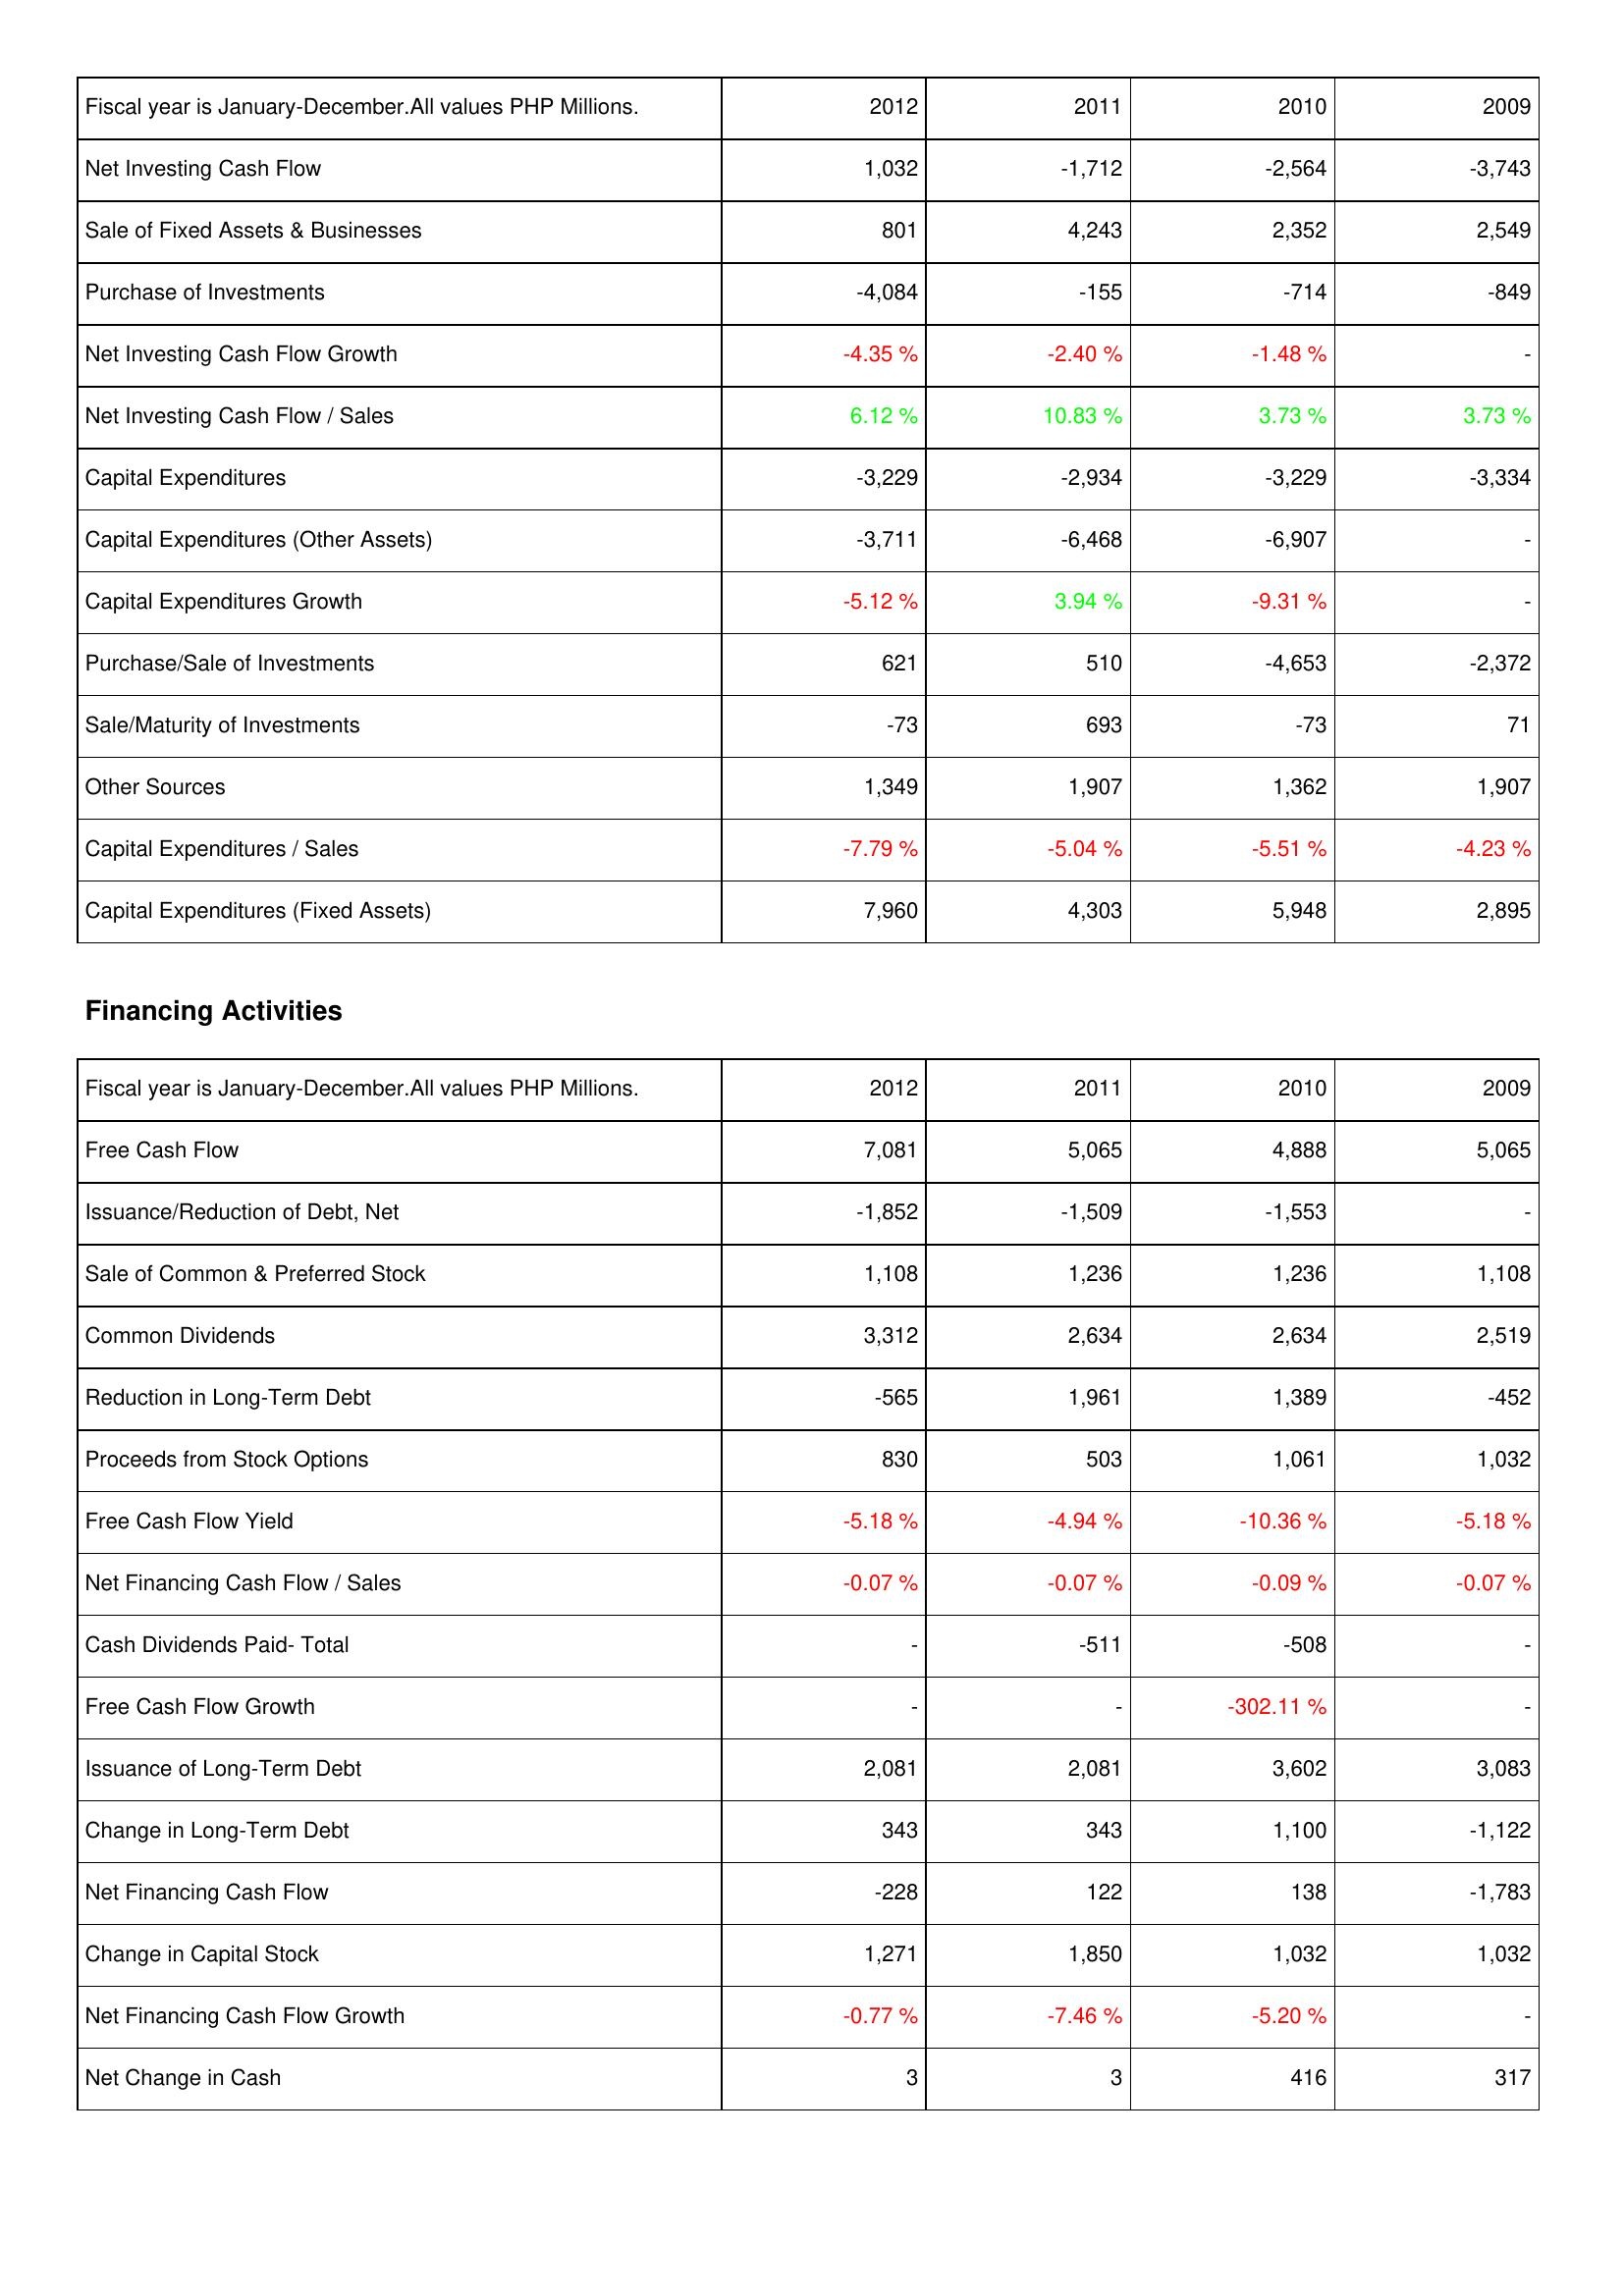
2012: Investing Activities: Net Investing Cash Flow: 1,032
Sale of Fixed Assets & Businesses: 801
Purchase of Investments: -4,084
Net Investing Cash Flow Growth: -4.35 %
Net Investing Cash Flow / Sales: 6.12 %
Capital Expenditures: -3,229
Capital Expenditures (Other Assets): -3,711
Capital Expenditures Growth: -5.12 %
Purchase/Sale of Investments: 621
Sale/Maturity of Investments: -73
Other Sources: 1,349
Capital Expenditures / Sales: -7.79 %
Capital Expenditures (Fixed Assets): 7,960
Financing Activities: Free Cash Flow: 7,081
Issuance/Reduction of Debt, Net: -1,852
Sale of Common & Preferred Stock: 1,108
Common Dividends: 3,312
Reduction in Long-Term Debt: -565
Proceeds from Stock Options: 830
Free Cash Flow Yield: -5.18 %
Net Financing Cash Flow / Sales: -0.07 %
Cash Dividends Paid- Total: -
Free Cash Flow Growth: -
Issuance of Long-Term Debt: 2,081
Change in Long-Term Debt: 343
Net Financing Cash Flow: -228
Change in Capital Stock: 1,271
Net Financing Cash Flow Growth: -0.77 %
Net Change in Cash: 3
2011: Investing Activities: Net Investing Cash Flow: -1,712
Sale of Fixed Assets & Businesses: 4,243
Purchase of Investments: -155
Net Investing Cash Flow Growth: -2.40 %
Net Investing Cash Flow / Sales: 10.83 %
Capital Expenditures: -2,934
Capital Expenditures (Other Assets): -6,468
Capital Expenditures Growth: 3.94 %
Purchase/Sale of Investments: 510
Sale/Maturity of Investments: 693
Other Sources: 1,907
Capital Expenditures / Sales: -5.04 %
Capital Expenditures (Fixed Assets): 4,303
Financing Activities: Free Cash Flow: 5,065
Issuance/Reduction of Debt, Net: -1,509
Sale of Common & Preferred Stock: 1,236
Common Dividends: 2,634
Reduction in Long-Term Debt: 1,961
Proceeds from Stock Options: 503
Free Cash Flow Yield: -4.94 %
Net Financing Cash Flow / Sales: -0.07 %
Cash Dividends Paid- Total: -511
Free Cash Flow Growth: -
Issuance of Long-Term Debt: 2,081
Change in Long-Term Debt: 343
Net Financing Cash Flow: 122
Change in Capital Stock: 1,850
Net Financing Cash Flow Growth: -7.46 %
Net Change in Cash: 3
2010: Investing Activities: Net Investing Cash Flow: -2,564
Sale of Fixed Assets & Businesses: 2,352
Purchase of Investments: -714
Net Investing Cash Flow Growth: -1.48 %
Net Investing Cash Flow / Sales: 3.73 %
Capital Expenditures: -3,229
Capital Expenditures (Other Assets): -6,907
Capital Expenditures Growth: -9.31 %
Purchase/Sale of Investments: -4,653
Sale/Maturity of Investments: -73
Other Sources: 1,362
Capital Expenditures / Sales: -5.51 %
Capital Expenditures (Fixed Assets): 5,948
Financing Activities: Free Cash Flow: 4,888
Issuance/Reduction of Debt, Net: -1,553
Sale of Common & Preferred Stock: 1,236
Common Dividends: 2,634
Reduction in Long-Term Debt: 1,389
Proceeds from Stock Options: 1,061
Free Cash Flow Yield: -10.36 %
Net Financing Cash Flow / Sales: -0.09 %
Cash Dividends Paid- Total: -508
Free Cash Flow Growth: -302.11 %
Issuance of Long-Term Debt: 3,602
Change in Long-Term Debt: 1,100
Net Financing Cash Flow: 138
Change in Capital Stock: 1,032
Net Financing Cash Flow Growth: -5.20 %
Net Change in Cash: 416
2009: Investing Activities: Net Investing Cash Flow: -3,743
Sale of Fixed Assets & Businesses: 2,549
Purchase of Investments: -849
Net Investing Cash Flow Growth: -
Net Investing Cash Flow / Sales: 3.73 %
Capital Expenditures: -3,334
Capital Expenditures (Other Assets): -
Capital Expenditures Growth: -
Purchase/Sale of Investments: -2,372
Sale/Maturity of Investments: 71
Other Sources: 1,907
Capital Expenditures / Sales: -4.23 %
Capital Expenditures (Fixed Assets): 2,895
Financing Activities: Free Cash Flow: 5,065
Issuance/Reduction of Debt, Net: -
Sale of Common & Preferred Stock: 1,108
Common Dividends: 2,519
Reduction in Long-Term Debt: -452
Proceeds from Stock Options: 1,032
Free Cash Flow Yield: -5.18 %
Net Financing Cash Flow / Sales: -0.07 %
Cash Dividends Paid- Total: -
Free Cash Flow Growth: -
Issuance of Long-Term Debt: 3,083
Change in Long-Term Debt: -1,122
Net Financing Cash Flow: -1,783
Change in Capital Stock: 1,032
Net Financing Cash Flow Growth: -
Net Change in Cash: 317